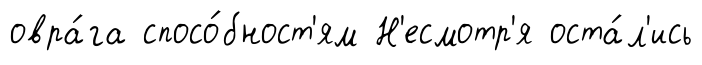
овра́га спосо́бност'ям Н'есмотр'я оста́л'ись